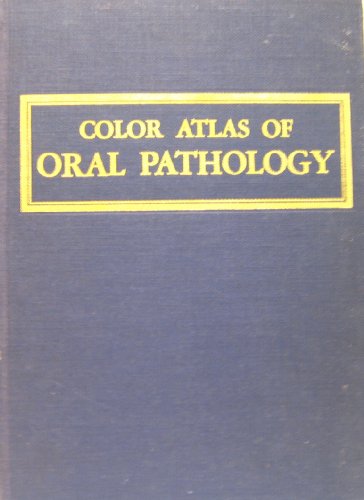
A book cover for Color Atlas of Oral Pathology; Robert A. Colby; Medical Books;